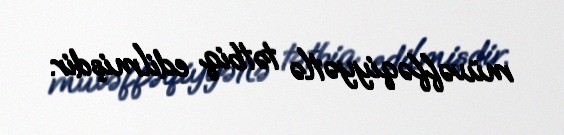
müvəffəqiyyətlə tətbiq edilmişdir.